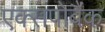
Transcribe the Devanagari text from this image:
एक्सपोबैंक